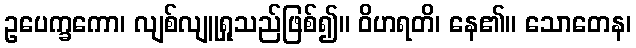
ဥပေက္ခကော၊ လျစ်လျူရှုသည်ဖြစ်၍။ ဝိဟရတိ၊ နေ၏။ သောတေန၊